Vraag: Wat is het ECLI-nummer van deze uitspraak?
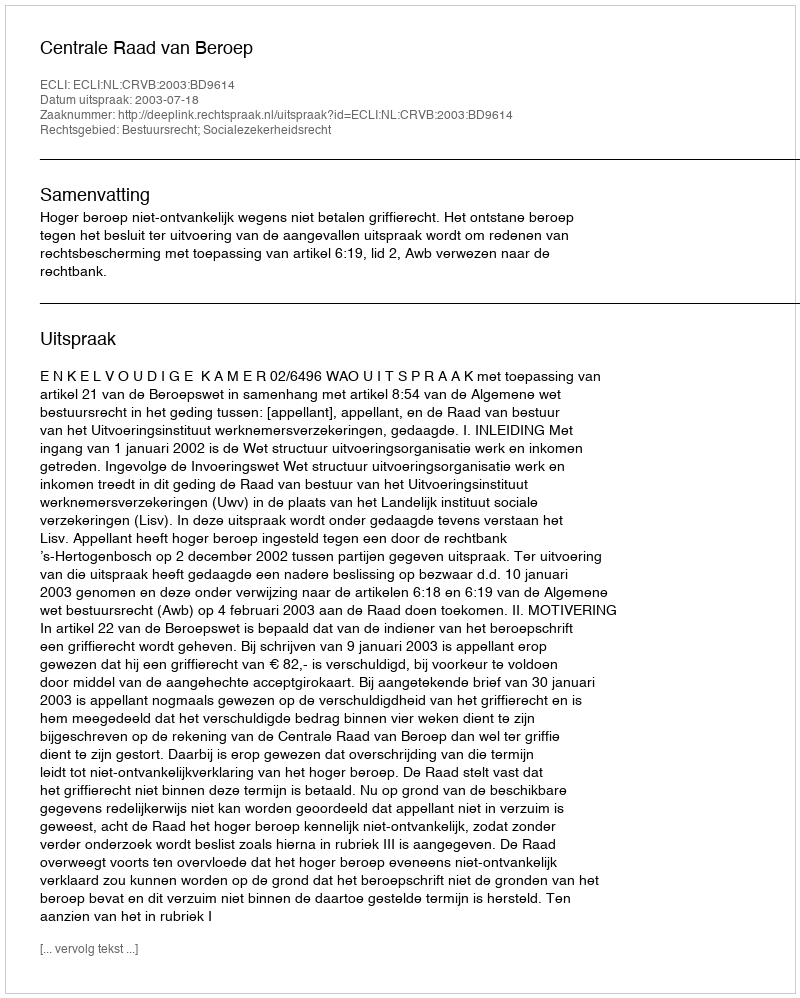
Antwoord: ECLI:NL:CRVB:2003:BD9614